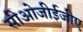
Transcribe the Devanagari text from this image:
सीओजीईजीए